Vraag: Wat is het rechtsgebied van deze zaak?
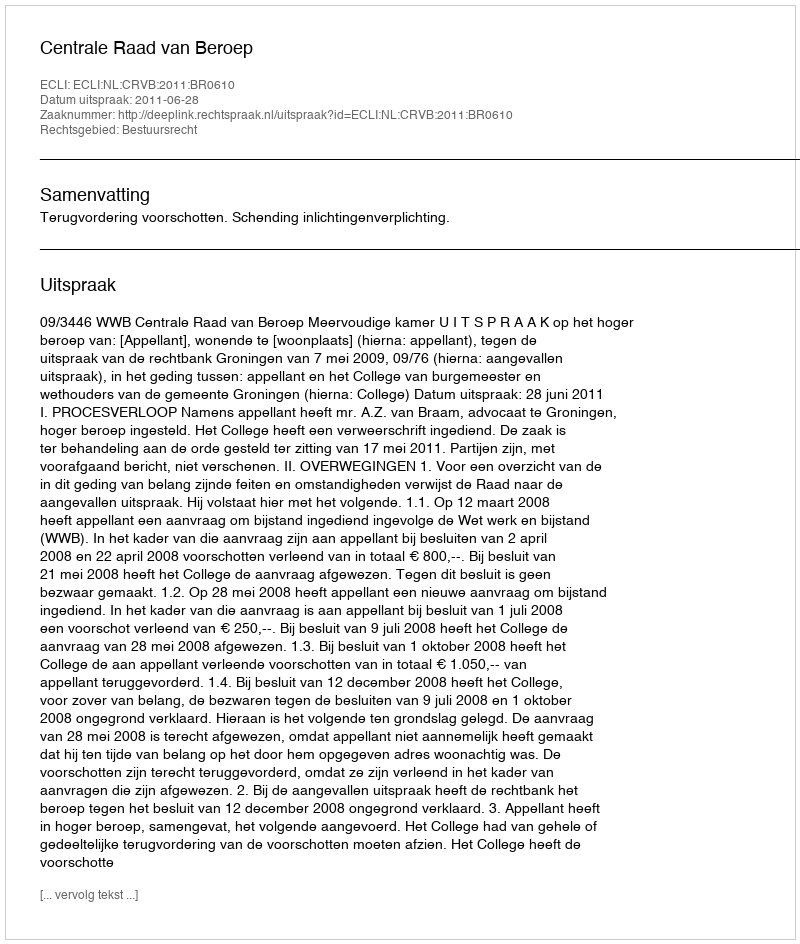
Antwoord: Bestuursrecht